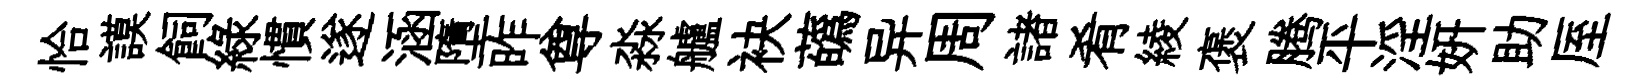
恰謨飼緑慣遂涵墮昨尊淼艫袂蘤异周諸肴綾褒腾平淫妍助厔